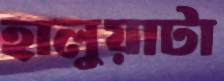
হালুয়াটা